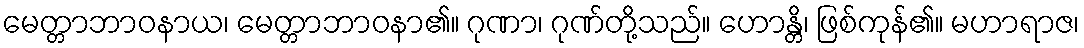
မေတ္တာဘာဝနာယ၊ မေတ္တာဘာဝနာ၏။ ဂုဏာ၊ ဂုဏ်တို့သည်။ ဟောန္တိ၊ ဖြစ်ကုန်၏။ မဟာရာဇ၊